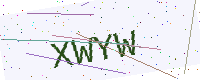
Text: XWYW